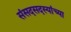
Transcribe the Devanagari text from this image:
संसदसदस्यांच्या